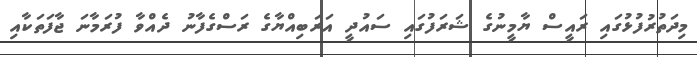
މިދަތުރުފުޅުގައި ރައީސް ޔާމީނުގެ ޝަރަފުގައި ސައުދީ އަރަބިއްޔާގެ ރަސްގެފާނު ދެއްވާ ފުރަމާނަ ޖާފަތަކާއި